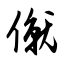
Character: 僦